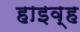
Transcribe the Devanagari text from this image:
हाइव्ह